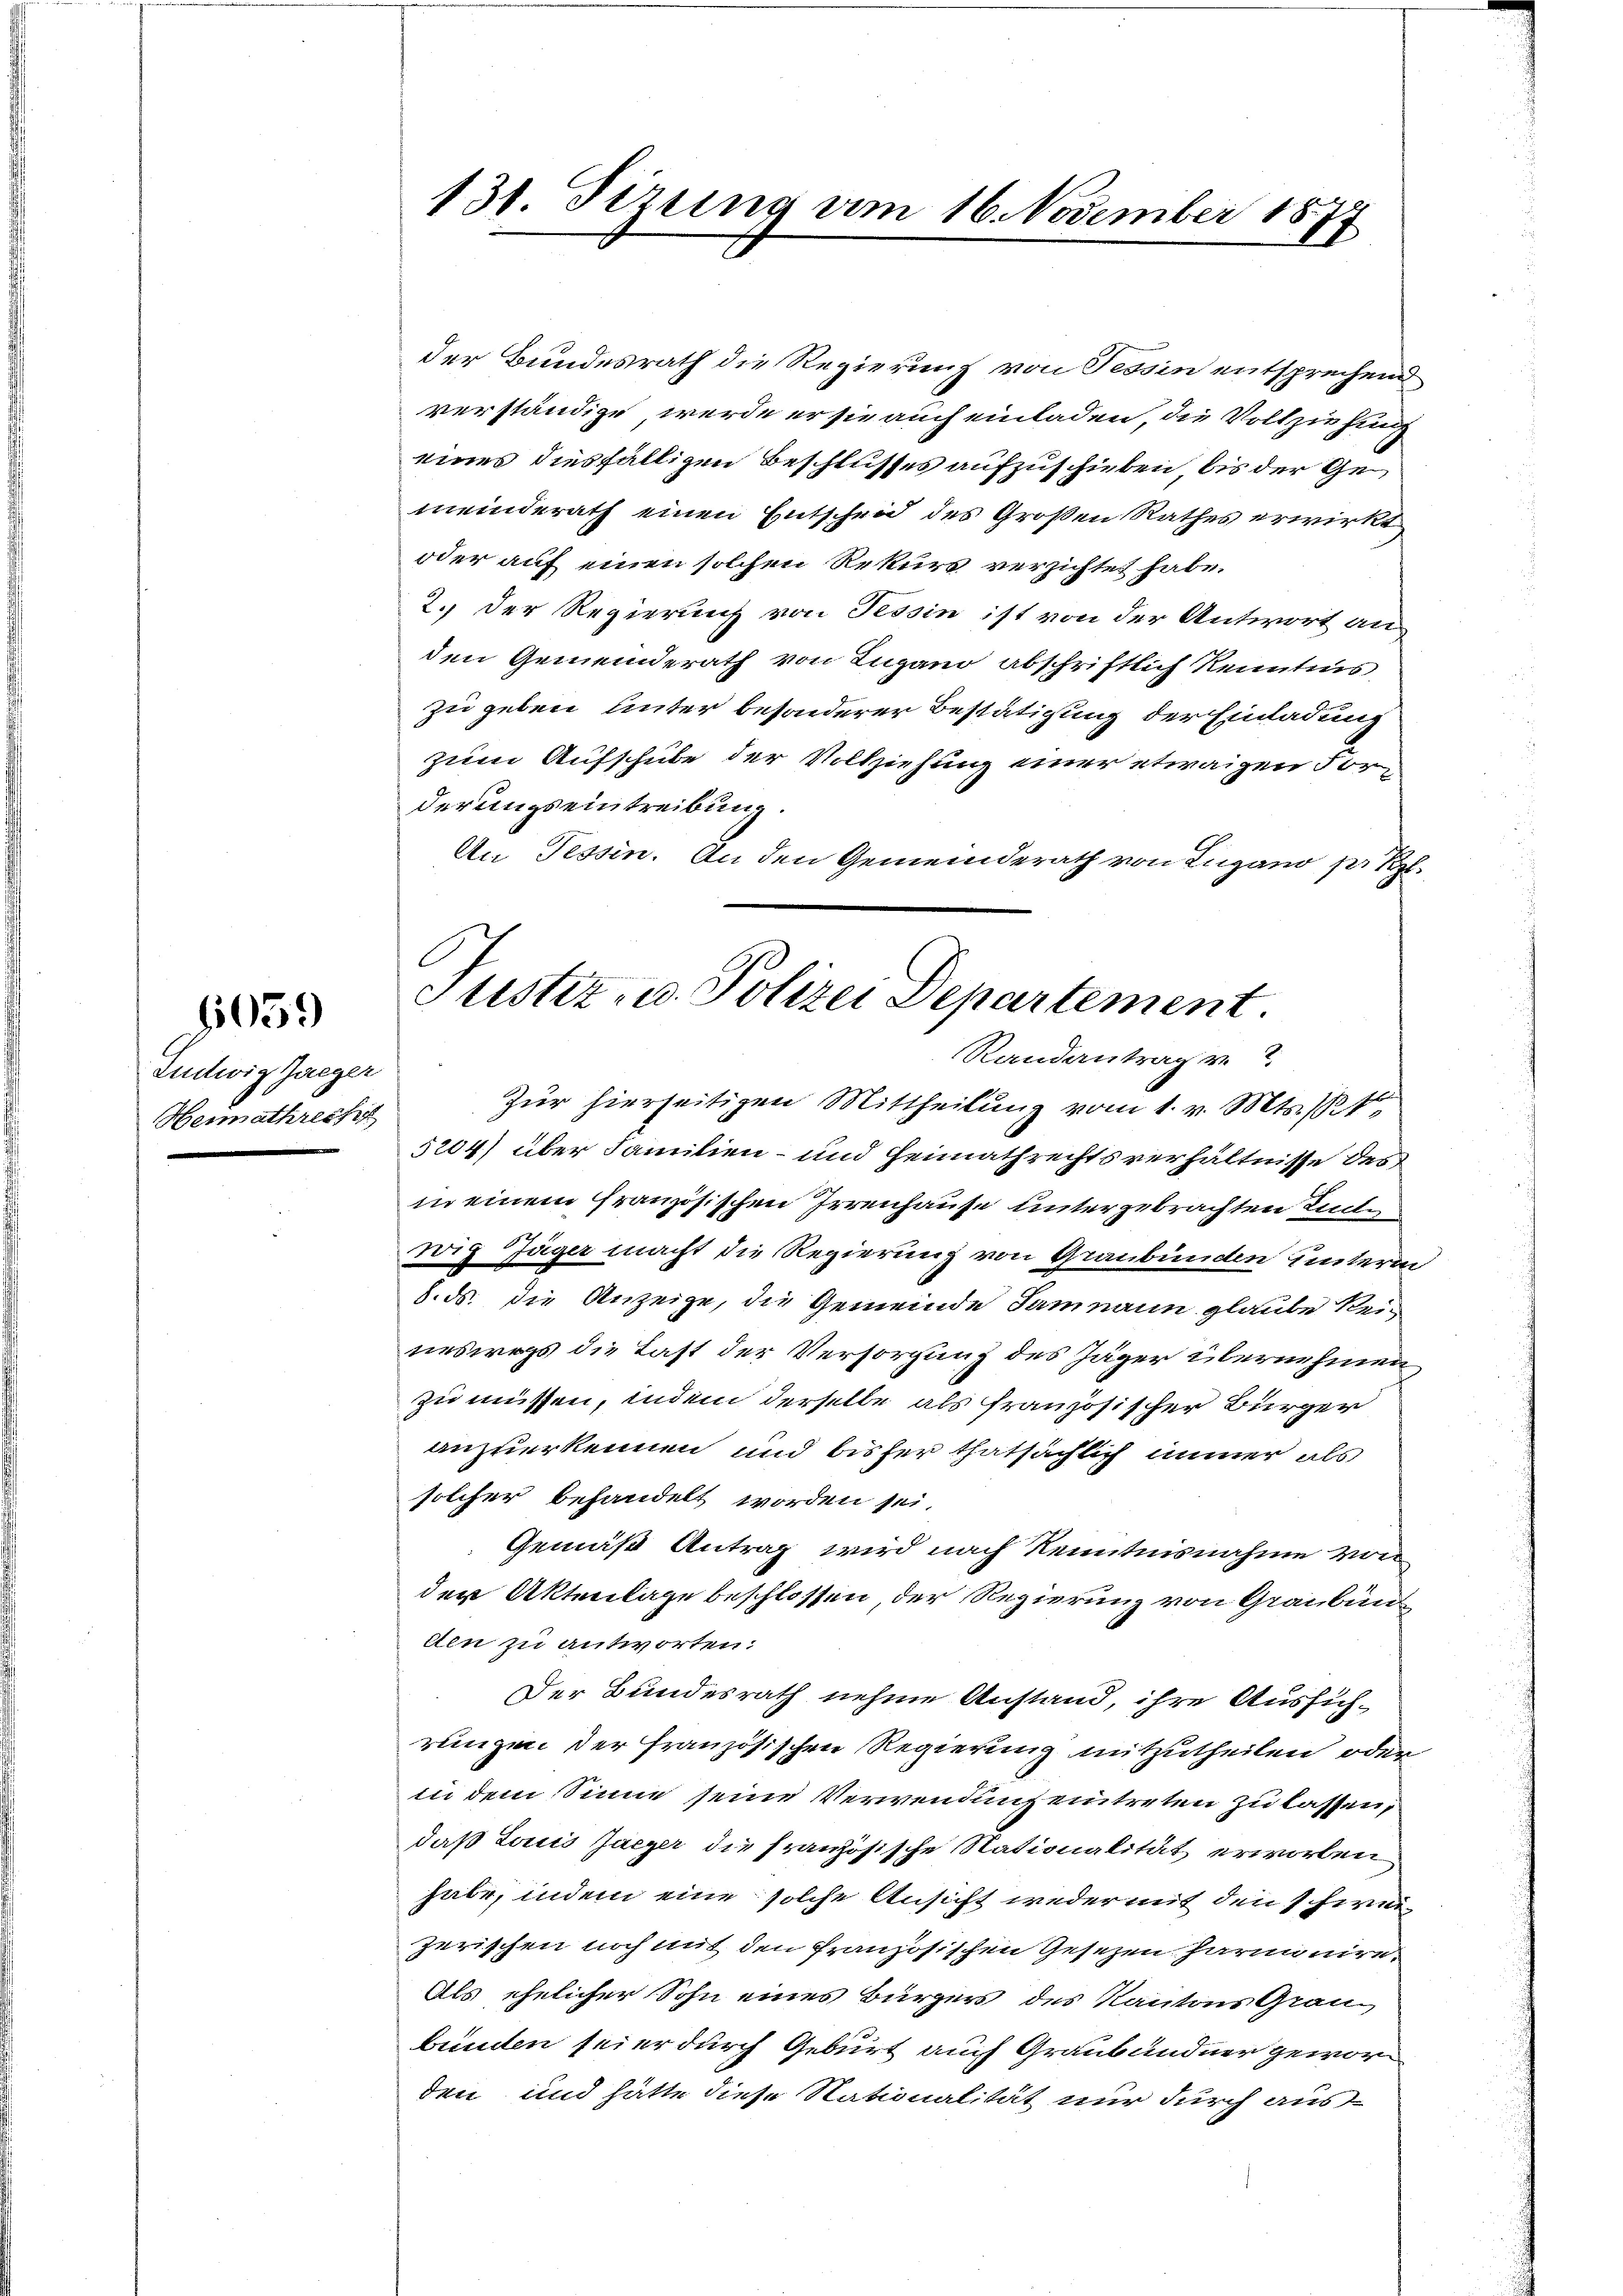
Ludwig Zaeger
Heimathreche

9659

131. Sizung vom 16. November 1877

Justiz- u. Polizei Departement.
Randantrag v.

der Bundesrath die Regierung von Tessin entsprechend
verständige, werde er sie auch einladen, die Vollziehung
eines diesfälligen Beschlusses aufzuschieben bis der Gemeinderath einen Entscheid des Großen Rathes erwirkt
oder auf einen solchen Rekurs verzichtet habe.
2. Der Regierung von Tessin ist von der Antwort an
den Gemeinderath von Lugano abschriftlich Kenntnis
zu geben Unter besonderer Bestätigung der Einladung
zum Aufschube der Vollziehung einer etwaigen Forderungseintreibung.
An Tessin. An den Gemeinderath von Lugano pr z.
Zür hierseitigen Mittheilung vom 1. v. Mts.
5204) über Familien- und Heimathrechtsverhältnisse des
in einem französischen Irrenhause untergebrachten Zude
Forg Jäger macht die Regierung von Graubünden unterm
8. ds. die Anzeige, die Gemeinde Sammann glaube kein
neswegs die Last der Versorgung des Jäger übernehmen
zu müssen, indem derselbe als französischer Bürger
anzuerkennen und bisher thatsächlich immer als
solcher behandelt worden sei.
Gemäß Antrag wird nach Kenntnisnahme von
der Aktenlage beschlossen, der Regierung von Graubün
den zu antworten:
Der Bundesrath nehme Anstand, ihre Ausführungen der französischen Regierung mitzutheilen oder
in dem Sinne seine Verwendung eintreten zu lassen,
daß Louis Jaczer die französische Nationalität erworben
habe, indem eine solche Ansicht weder mit den schinijurischen noch mit den französischen Gesezen Jaruinire,
Als ehelicher Sohn eines Bürger des Kantons Grau
bunden sei er durch Geburt auch Graubündner geworden und hätte diese Nationalität nur durch aus